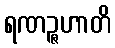
ရဏဉ္ဇဟာတိ